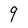
Character: 9